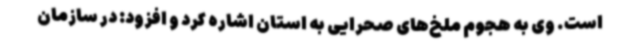
است. وی به هجوم ملخ‌های صحرایی به استان اشاره کرد و افزود: در سازمان